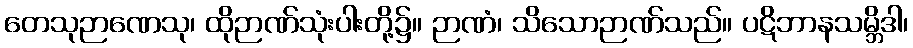
တေသုဉာဏေသု၊ ထိုဉာဏ်သုံးပါးတို့၌။ ဉာဏံ၊ သိသောဉာဏ်သည်။ ပဋိဘာနသမ္ဘိဒါ၊